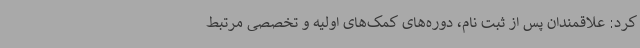
کرد: علاقمندان پس از ثبت نام، دوره‌های کمک‌های اولیه و تخصصی مرتبط